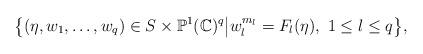
LaTeX: \begin{align*}\big\{(\eta,w_{1},\ldots,w_{q}) \in S\times\mathbb{P}^{1}(\mathbb{C})^{q}\big|w_{l}^{m_{l}}=F_{l}(\eta),\ 1 \leq l \leq q\big\}, \end{align*}